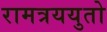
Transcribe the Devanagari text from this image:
रामत्रययुतो